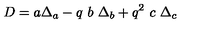
D = a \Delta _ { a } - q \ b \ \Delta _ { b } + q ^ { 2 } \ c \ \Delta _ { c }